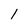
Character: 1